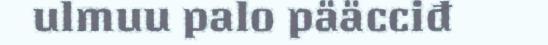
ulmuu palo pääcciđ